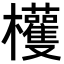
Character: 𣡀